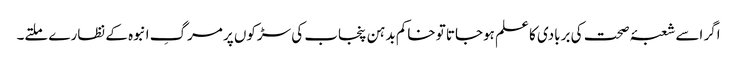
اگر اسے شعبۂ صحت کی بربادی کا علم ہوجاتا تو خاکم بدہن پنجاب کی سڑکوں پر مرگِ انبوہ کے نظارے ملتے۔